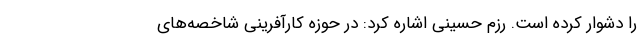
را دشوار کرده است. رزم حسینی اشاره کرد: در حوزه کارآفرینی شاخصه‌های